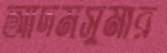
আদমসুমার